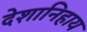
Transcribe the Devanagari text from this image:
देशानिहाय